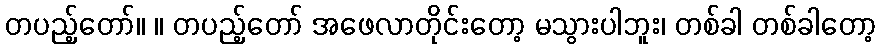
တပည့်တော်။ ။ တပည့်တော် အဖေလာတိုင်းတော့ မသွားပါဘူး၊ တစ်ခါ တစ်ခါတော့